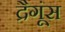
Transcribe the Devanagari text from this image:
द्रैगूंस